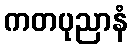
ကတပုညာနံ